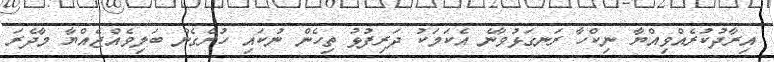
އިރާދުކުރެއްވިއްޔާ ނިކްހާ ރަނގަޅުވާނެ އެކަމަކު ދަރިފުޅު ތިހެން ނުކައި ހުރެގެން ބަލިވެއްޖެއްޔާ މާދެރަ